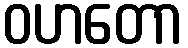
ဝဟတော